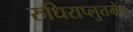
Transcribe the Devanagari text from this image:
रुधिराप्लुतमेव